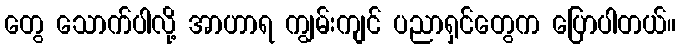
တွေ သောက်ပါလို့ အာဟာရ ကျွမ်းကျင် ပညာရှင်တွေက ပြောပါတယ်။